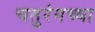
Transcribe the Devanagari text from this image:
चतुरंगच्या